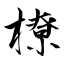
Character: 橑